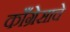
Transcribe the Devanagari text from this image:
काँग्रेसाचे